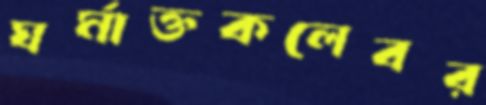
ঘর্মাক্তকলেবর